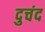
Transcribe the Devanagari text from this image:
दुचंद